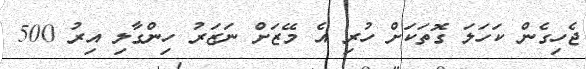
ޖެހިގެން ކަހަލަ ގޮތަކަށް ހުރި އެ މޭޒަށް ނަޒަރު ހިންގާލި އިރު 500